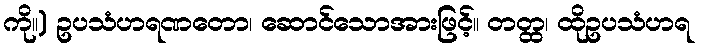
ကို။) ဥပသံဟရဏတော၊ ဆောင်သောအားဖြင့်။ တတ္ထ၊ ထိုဥပသံဟရ